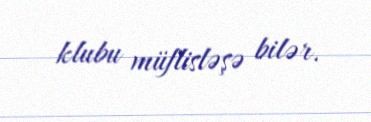
klubu müflisləşə bilər.